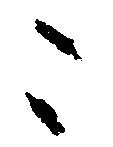
こ